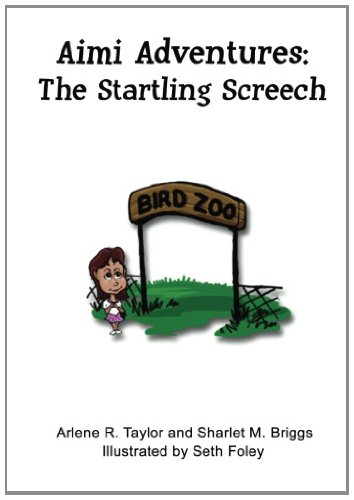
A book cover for Aimi Adventures: The Startling Screech; Arlene R Taylor PhD; Children's Books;